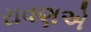
રાવણએ